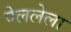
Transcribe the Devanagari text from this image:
पेललेला